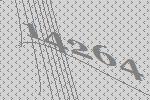
14264